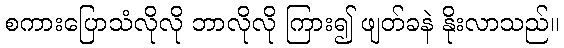
စကားပြောသံလိုလို ဘာလိုလို ကြား၍ ဖျတ်ခနဲ နိုးလာသည်။